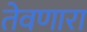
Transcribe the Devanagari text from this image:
तेवणारा